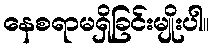
နေစရာမရှိခြင်းမျိုးပါ။